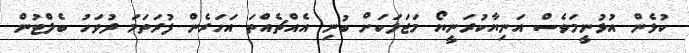
ކުޅެން އުޅުނީމަވެސް އަނިޔާކުރަނީޔޯ މަޖަލަކަށް ބުނި އެއްޗެއްތަ އަހަރެން ފުރަތަމަ ދުވަހު ބެލްޓުން